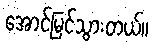
အောင်မြင်သွားတယ်။